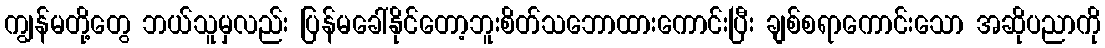
ကျွန်မတို့တွေ ဘယ်သူမှလည်း ပြန်မခေါ်နိုင်တော့ဘူးစိတ်သဘောထားကောင်းပြီး ချစ်စရာကောင်းသော အဆိုပညာကို